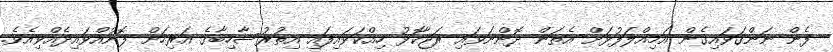
ފެން ނަންގަވައިގެން އަމިއްލަފުޅަށް އެތަން ދޮންނަވައި ރަޖާކޮޅު ހިއްކަވައިފައި އިތުރުސާހިބާގެ އަރިހަށް ފޮނުއްވައިދެއްވިއެވެ.